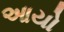
આયો